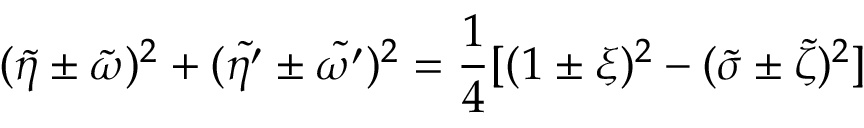
( \tilde { \eta } \pm \tilde { \omega } ) ^ { 2 } + ( \tilde { \eta ^ { \prime } } \pm \tilde { \omega ^ { \prime } } ) ^ { 2 } = \frac 1 4 [ ( 1 \pm \xi ) ^ { 2 } - ( \tilde { \sigma } \pm \tilde { \zeta } ) ^ { 2 } ]